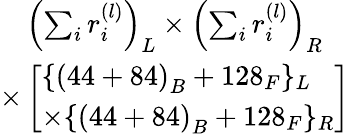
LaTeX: \begin{array}{c}{{\left(\sum_{i}r_{i}^{(l)}\right)_{L}\times\left(\sum_{i}r_{i}^{(l)}\right)_{R}}}\\ {{\times\left[\begin{array}{l}{{\{ \left(44+84\right)_{B}+128_{F}\} _{L}}}\\ {{\times\{ \left(44+84\right)_{B}+128_{F}\} _{R}}}\end{array}\right]}}\end{array}